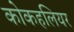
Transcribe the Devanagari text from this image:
कोकहलियर